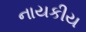
નાયકીય